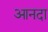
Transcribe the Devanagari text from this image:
आनदा